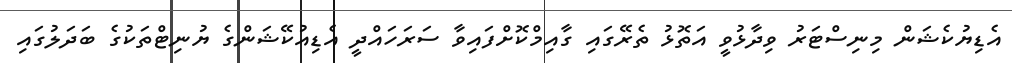
އެޑިޔުކެޝަން މިނިސްޓަރު ވިދާޅުވީ އަތޮޅު ތެރޭގައި ގާއިމްކޮށްފައިވާ ސަރަހައްދީ އެޑިއުކޭޝަންގެ ޔުނިޓްތަކުގެ ބަދަލުގައި